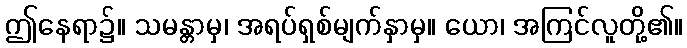
ဤနေရာ၌။ သမန္တာမှ၊ အရပ်ရှစ်မျက်နှာမှ။ ယော၊ အကြင်လူတို့၏။